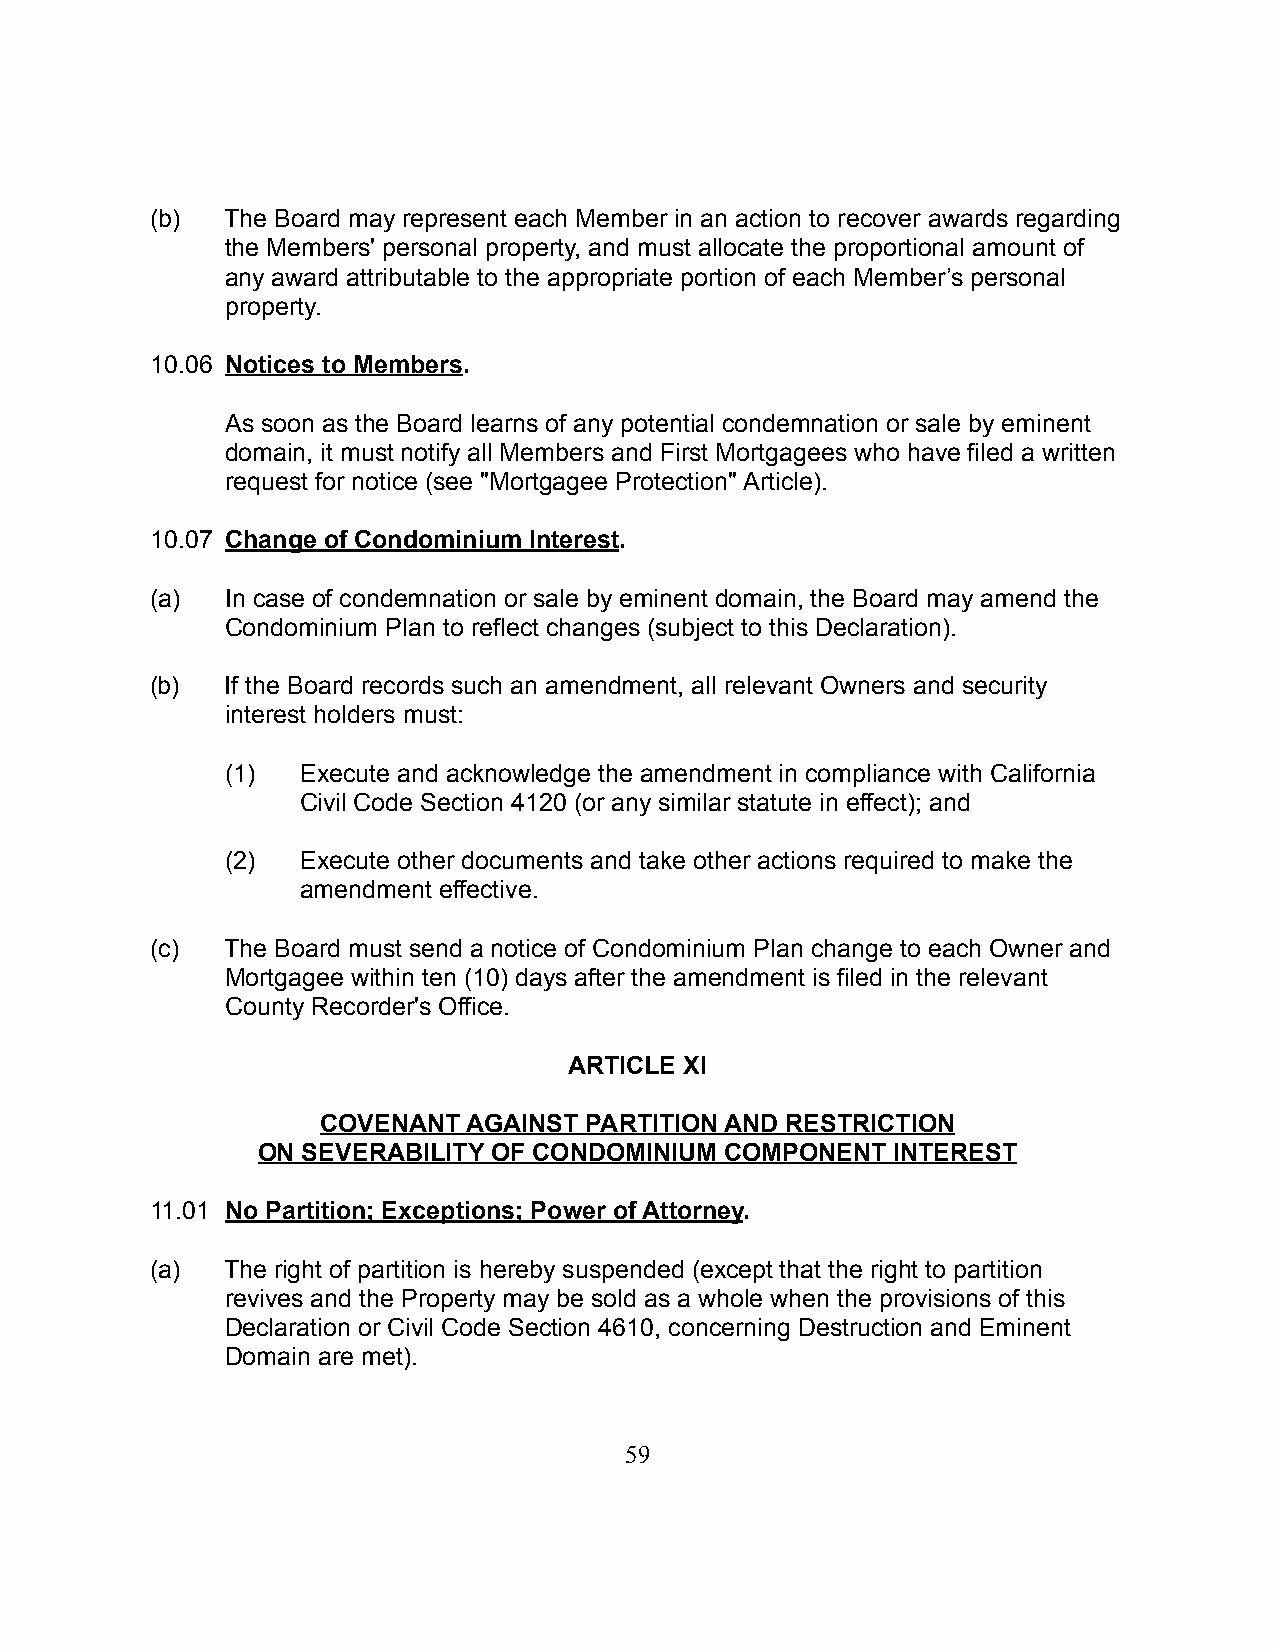
(b)  The Board may represent each Member in an action to recover awards regarding
 the Members' personal property, and must allocate the proportional amount of
 any award attributable to the appropriate portion of each Member’s personal
 property.
 10.06 Notices to Members.
 As soon as the Board learns of any potential condemnation or sale by eminent
 domain, it must notify all Members and First Mortgagees who have filed a written
 request for notice (see "Mortgagee Protection" Article).
 10.07 Change of Condominium Interest.
 (a)  In case of condemnation or sale by eminent domain, the Board may amend the
 Condominium Plan to reflect changes (subject to this Declaration).
 (b)  If the Board records such an amendment, all relevant Owners and security
 interest holders must:
 (1)  Execute and acknowledge the amendment in compliance with California
 Civil Code Section 4120 (or any similar statute in effect); and
 (2)  Execute other documents and take other actions required to make the
 amendment effective.
 (c)  The Board must send a notice of Condominium Plan change to each Owner and
 Mortgagee within ten (10) days after the amendment is filed in the relevant
 County Recorder's Office.
 ARTICLE XI
 COVENANT  AGAINST PARTITION AND RESTRICTION
 ON SEVERABILITY OF CONDOMINIUM COMPONENT  INTEREST
 11.01 No Partition; Exceptions; Power of Attorney.
 (a)  The right of partition is hereby suspended (except that the right to partition
 revives and the Property may be sold as a whole when the provisions of this
 Declaration or Civil Code Section 4610, concerning Destruction and Eminent
 Domain are met).
 59